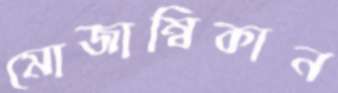
মোজাম্বিকান